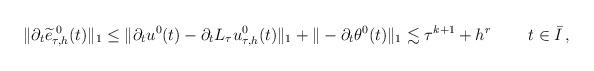
LaTeX: \begin{align*}\begin{aligned} \| \partial_t \widetilde e^{\; 0}_{\tau,h}(t)\|_1 &\le \| \partial_t u^0 (t) - \partial_t L_\tau u^0_{\tau,h}(t) \|_1 + \|-\partial_t\theta^0(t)\|_1 \lesssim \tau^{k+1} + h^{r} \qquad\; t\in\bar I\,,\end{aligned}\end{align*}